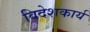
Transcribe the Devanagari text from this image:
विदेशकार्य